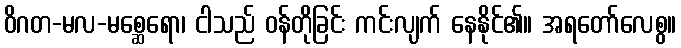
ဝိဂတ-မလ-မစ္ဆေရော၊ ငါသည် ဝန်တိုခြင်း ကင်းလျက် နေနိုင်၏။ အရတော်လေစွ။